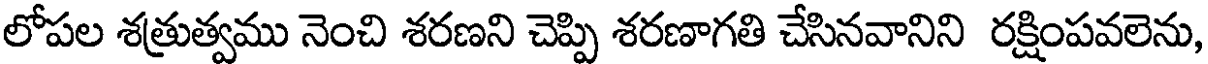
లోపల శత్రుత్వము నెంచి శరణని చెప్పి శరణాగతి చేసినవానిని రక్షింపవలెను,